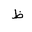
Letter: _za